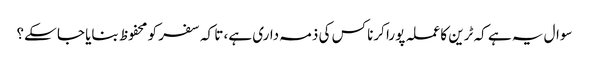
سوال یہ ہے کہ ٹرین کا عملہ پورا کرنا کس کی ذمہ داری ہے، تا کہ سفر کو محفوظ بنایا جا سکے؟